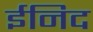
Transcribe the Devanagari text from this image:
ईनिद